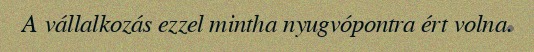
A vállalkozás ezzel mintha nyugvópontra ért volna.